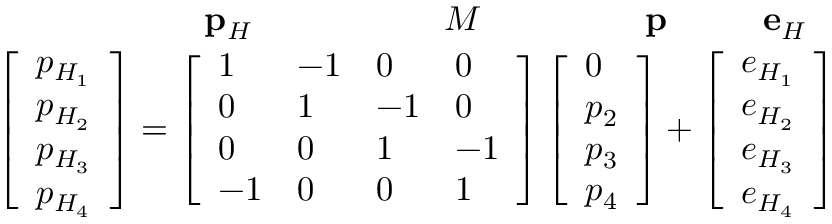
\begin{array} { r } { \mathbf { p } _ { H } \; \; \; \; \; \; \; \; \; \; \; \; \; \; \; \; \; \; \; \; M \; \; \; \; \; \; \; \; \; \; \; \; \; \; \; \; \; \mathbf { p } \; \; \; \; \; \; \; \; \; \; \mathbf { e } _ { H } \; \; \; } \\ { \left[ \begin{array} { l } { p _ { H _ { 1 } } } \\ { p _ { H _ { 2 } } } \\ { p _ { H _ { 3 } } } \\ { p _ { H _ { 4 } } } \end{array} \right] = \left[ \begin{array} { l l l l } { 1 } & { - 1 } & { 0 } & { 0 } \\ { 0 } & { 1 } & { - 1 } & { 0 } \\ { 0 } & { 0 } & { 1 } & { - 1 } \\ { - 1 } & { 0 } & { 0 } & { 1 } \end{array} \right] \left[ \begin{array} { l } { 0 } \\ { p _ { 2 } } \\ { p _ { 3 } } \\ { p _ { 4 } } \end{array} \right] + \left[ \begin{array} { l } { e _ { H _ { 1 } } } \\ { e _ { H _ { 2 } } } \\ { e _ { H _ { 3 } } } \\ { e _ { H _ { 4 } } } \end{array} \right] } \end{array}